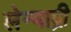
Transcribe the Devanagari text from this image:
लेन्याद्री